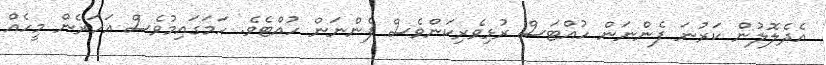
އެދެލޮލުން ކަރުނަ ފެންނަން ހުއްޓަސް ރުޅިވެރިކަންވެސް ފެންނަން ހުއްޓެވެ. ހަމަގައިމުވެސް އަހަރެން މީހެއް